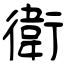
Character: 衛